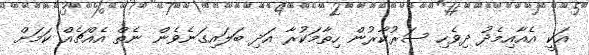
އަކީ އެއާއިމެދު ދިވެހި ސަރުކާރުން ހިތާމަކުރާ އަދި ބަލައިގަނެވެން ނެތް އެއްޗެއް ކަމަށް